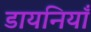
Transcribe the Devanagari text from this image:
डायनियाँ